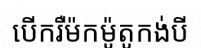
បើករឺម៉កម៉ូតូកង់បី